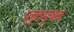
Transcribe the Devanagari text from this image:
प्लुतमूषक